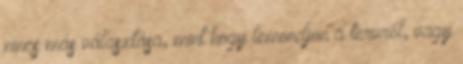
nincs más választása, mint hogy lemondjon a tervről, vagy